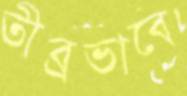
তীব্রভাবে